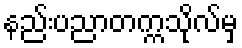
နည်းပညာတက္ကသိုလ်မှ